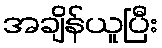
အချိန်ယူပြီး